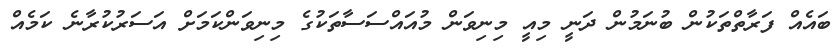
ބައެއް ފަރާތްތަކުން ބުނަމުން ދަނީ މިއީ މިނިވަން މުއައްސަސާތަކުގެ މިނިވަންކަމަށް އަސަރުކުރާނެ ކަމެއް